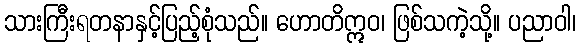
သားကြီးရတနာနှင့်ပြည့်စုံသည်။ ဟောတိဣဝ၊ ဖြစ်သကဲ့သို့။ ပညာဝါ၊